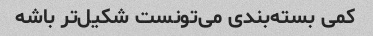
کمی بسته‌بندی می‌تونست شکیل‌تر باشه